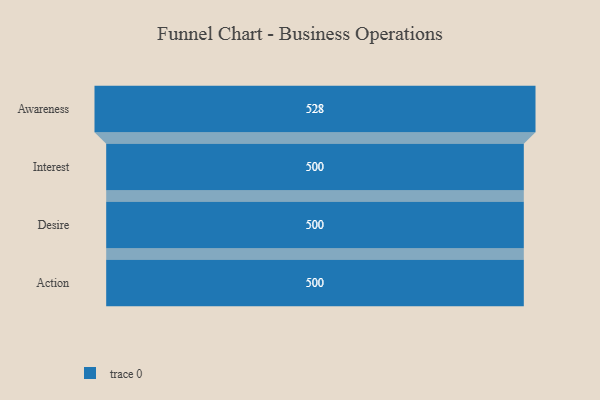
{"axis": {"x": "Stage", "y": "Value"}, "legend": [""], "data": [{"x": "Awareness", "y": 528.0, "type": ""}, {"x": "Interest", "y": 500, "type": ""}, {"x": "Desire", "y": 500, "type": ""}, {"x": "Action", "y": 500, "type": ""}]}